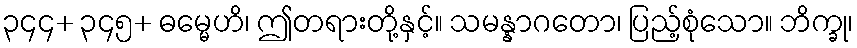
၃၄၄+ ၃၄၅+ ဓမ္မေဟိ၊ ဤတရားတို့နှင့်။ သမန္နာဂတော၊ ပြည့်စုံသော။ ဘိက္ခု၊